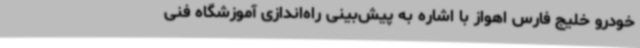
خودرو خلیج فارس اهواز با اشاره به پیش‌بینی راه‌اندازی آموزشگاه فنی